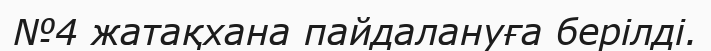
№4 жатақхана пайдалануға берілді.